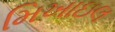
મિખાઇલ